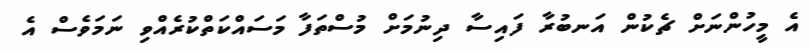
އެ މީހުންނަށް ޗެކުން އަނބުރާ ފައިސާ ދިނުމަށް މުސްތަފާ މަސައްކަތްކުރެއްވި ނަމަވެސް އެ